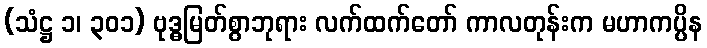
(သံဋ္ဌ ၁၊ ၃၀၁) ဗုဒ္ဓမြတ်စွာဘုရား လက်ထက်တော် ကာလတုန်းက မဟာကပ္ပိန